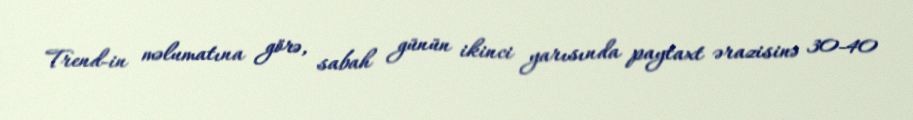
Trend-in məlumatına görə, sabah günün ikinci yarısında paytaxt ərazisinə 30-40